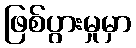
ဖြစ်ပွားမှုမှာ